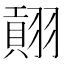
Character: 𱻡